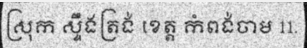
ស្រុក ស្ទឹងត្រង់ ខេត្ត កំពង់ចាម 11.